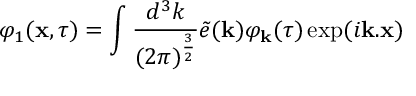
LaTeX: \varphi _ { 1 } ( { \bf x } , \tau ) = \int \frac { d ^ { 3 } k } { ( 2 \pi ) ^ { \frac { 3 } { 2 } } } \tilde { e } ( { \bf k } ) \varphi _ { \bf k } ( \tau ) \exp ( i { \bf k . x } )